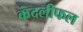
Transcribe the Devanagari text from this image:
कंदलीफल